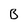
Character: B